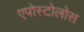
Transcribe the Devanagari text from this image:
एपोस्टोलोस